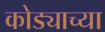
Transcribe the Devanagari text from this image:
कोड्याच्या